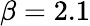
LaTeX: \beta=2.1